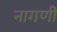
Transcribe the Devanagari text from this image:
नागणी